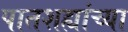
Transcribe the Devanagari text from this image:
पातशह्यांच्या